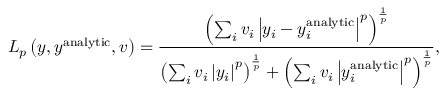
L _ { p } \left( y , y ^ { \mathrm { a n a l y t i c } } , v \right) = \frac { \left( \sum _ { i } v _ { i } \left| y _ { i } - y _ { i } ^ { \mathrm { a n a l y t i c } } \right| ^ { p } \right) ^ { \frac { 1 } { p } } } { \left( \sum _ { i } v _ { i } \left| y _ { i } \right| ^ { p } \right) ^ { \frac { 1 } { p } } + \left( \sum _ { i } v _ { i } \left| y _ { i } ^ { \mathrm { a n a l y t i c } } \right| ^ { p } \right) ^ { \frac { 1 } { p } } } ,